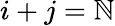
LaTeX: i+j=\mathbb{N}